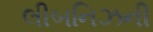
લીબનિઝની